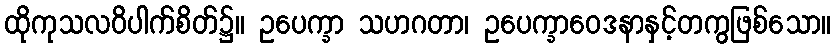
ထိုကုသလဝိပါက်စိတ်၌။ ဥပေက္ခာ သဟဂတာ၊ ဥပေက္ခာဝေဒနာနှင့်တကွဖြစ်သော။